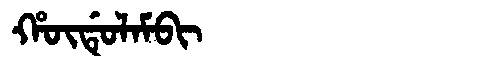
Manchu: ᡥᡡᡩᡠᠯᠠᠮᠪᡳ
Romanization: HŪDULAMBI